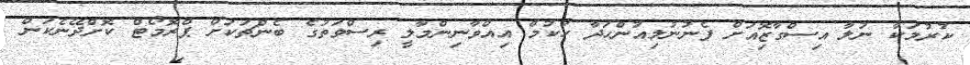
ކުރުމަކާ ނުލާ އިސްގާޒޮިއަށް ފެނުނުލިއުންހަދާ ހުކުމް އިއްވާނިންމާލީ ރިސްވަތުގެ ބެންޗަކަށް ޕްރޮމޯޓް ކޮށްދޭނެކަން